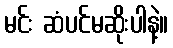
မင်း ဆံပင်မဆိုးပါနဲ့။